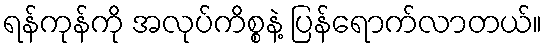
ရန်ကုန်ကို အလုပ်ကိစ္စနဲ့ ပြန်ရောက်လာတယ်။